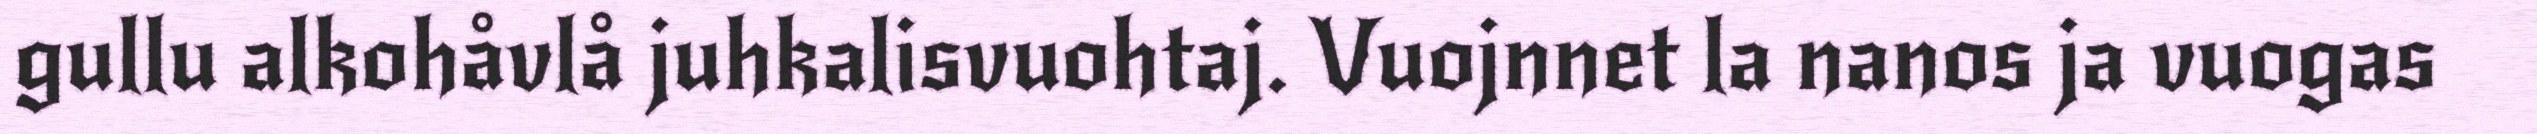
gullu alkohåvlå juhkalisvuohtaj. Vuojnnet la nanos ja vuogas